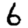
Digit: 6